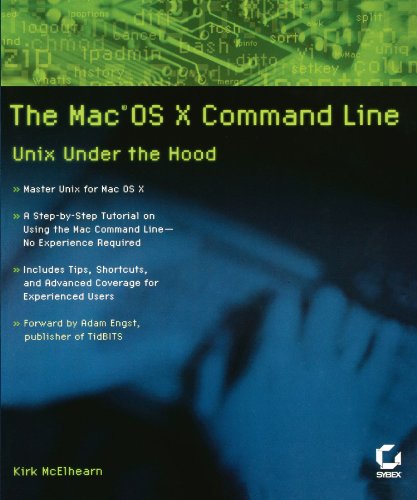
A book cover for The Mac OS X Command Line: Unix Under the Hood; Kirk McElhearn; Computers & Technology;